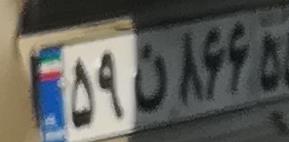
۵۹ن۸۶۶۵۸